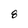
Character: 8